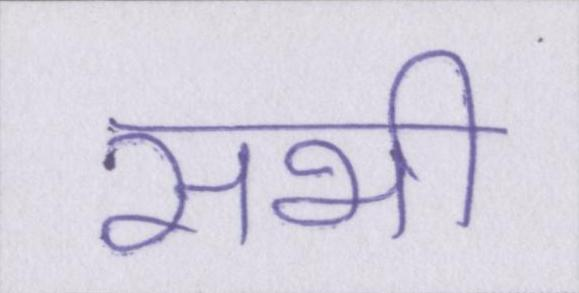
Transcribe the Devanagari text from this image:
सभी